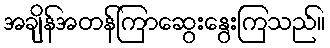
အချိန်အတန်ကြာဆွေးနွေးကြသည်။